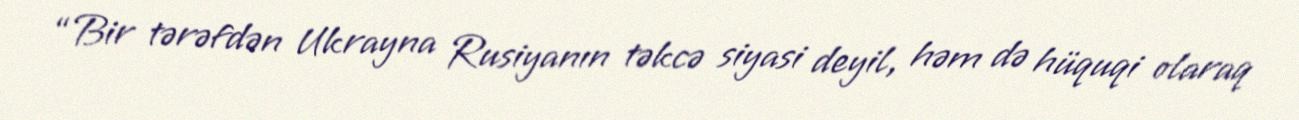
“Bir tərəfdən Ukrayna Rusiyanın təkcə siyasi deyil, həm də hüquqi olaraq